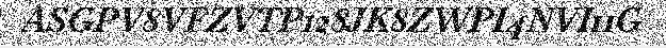
ASGPV8VFZVTP128JK8ZWPI4NVI11G